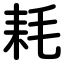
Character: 耗